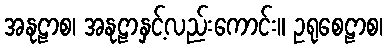
အနုဠာစ၊ အနုဠာနှင့်လည်းကောင်း။ ဥရုစေဠာစ၊